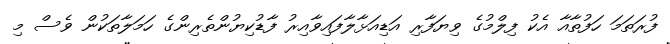
ފުރަތަމަ ހަފުތާއާ އެކު ފިލްމުގެ ވިޔަފާރި އަޑިއަޅާލާފައިވާއިރު ފާޑުކިޔުންތެރިންގެ ހަމަލާތަކުން ވެސް މި